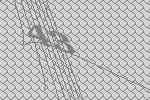
43